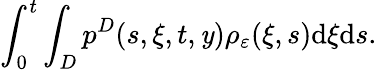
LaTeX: \int_{0}^{t}\int_{D}p^{D}(s,\xi,t,\mathit{y})\rho_{\varepsilon}(\xi,s)\textrm{{d}}\xi\textrm{{d}}s.